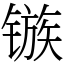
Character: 镞